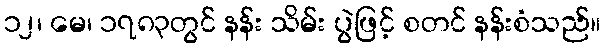
၁၂၊ မေ၊ ၁၇၈၃တွင် နန်း သိမ်း ပွဲဖြင့် စတင် နန်းစံသည်။